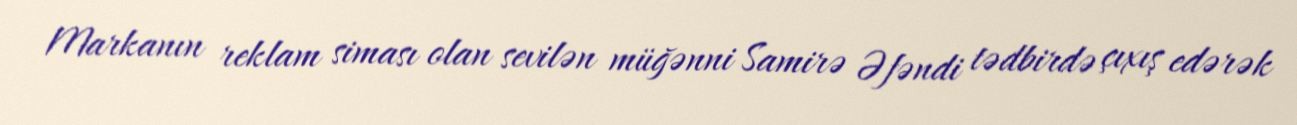
Markanın reklam siması olan sevilən müğənni Samirə Əfəndi tədbirdə çıxış edərək